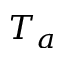
T _ { a }